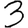
Digit: 3